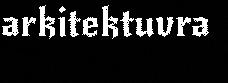
arkitektuvra